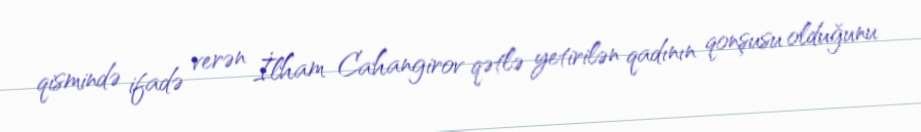
qismində ifadə verən İlham Cahangirov qətlə yetirilən qadının qonşusu olduğunu